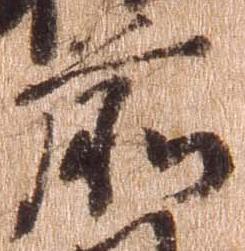
前